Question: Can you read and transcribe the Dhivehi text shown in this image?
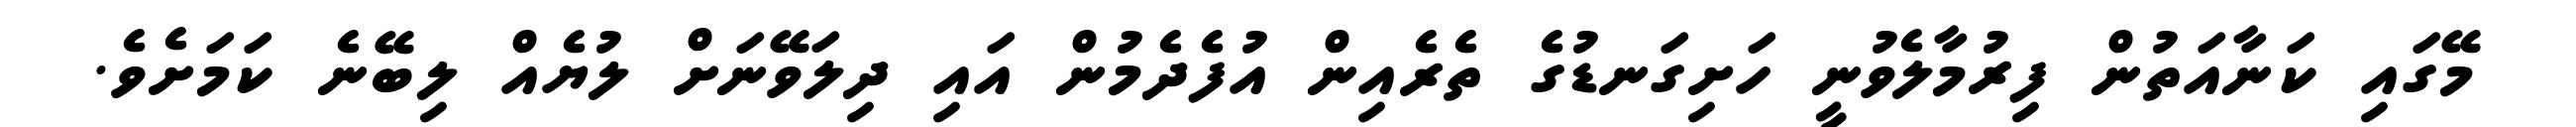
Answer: މޭގައި ކަނާއަތުން ފިރުމާލެވުނީ ހަށިގަނޑުގެ ތެރެއިން އުފެދެމުން އައި ދިލަވޭނަށް ލުޔެއް ލިބޭނެ ކަމަށެވެ.